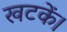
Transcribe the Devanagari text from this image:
खटकें।